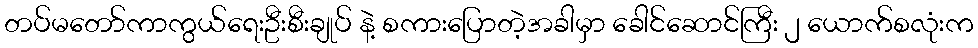
တပ်မတော်ကာကွယ်ရေးဦးစီးချုပ် နဲ့ စကားပြောတဲ့အခါမှာ ခေါင်ဆောင်ကြီး ၂ ယောက်စလုံးက